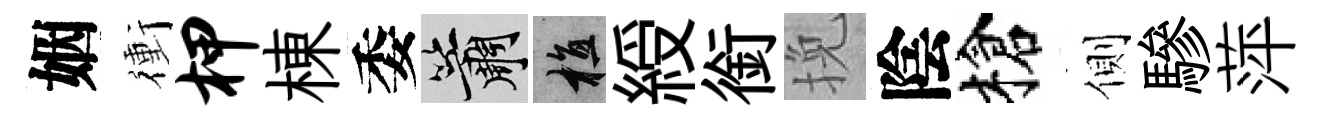
姻衝柙棟委簫植綬銜挽陰槍側驂萍